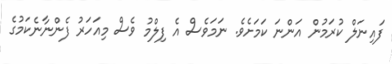
ފައިނަލް ކުރަމުން އަންނަ ކަމަށެވެ. ނަމަވެސް އެ ފިލްމު ވެސް މިއަހަރު ފެންނާނެކަމުގެ